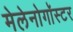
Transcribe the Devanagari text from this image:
मेलेनोगॉस्टर